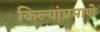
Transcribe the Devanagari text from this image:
किल्यांप्रमाणे